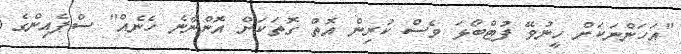
"އަހަންނަކަށް ހީނުވޭ ފުޓްބޯޅަ ވެސް ކުރިން އޮތް ގޮތަކަށް އޮންނާނެ ހެނެއް" ސްޕެއިންގެ